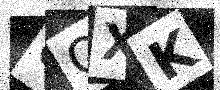
Text: GQXK